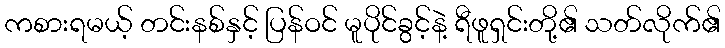
ကစားရမယ့် တင်းနစ်နှင့် ပြန်ဝင် မူပိုင်ခွင့်နဲ့ ရီဖူရှင်းတို့၏ သတ်လိုက်၏